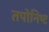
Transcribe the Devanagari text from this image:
तपोनिष्ट